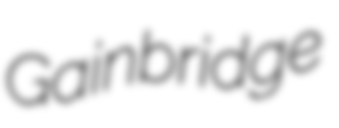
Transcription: Gainbridge